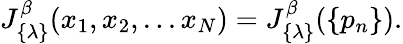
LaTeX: J_{\{ \lambda\} }^{\beta}(x_{1},x_{2},...x_{N})=J_{\{ \lambda\} }^{\beta}(\{ p_{n}\} ).